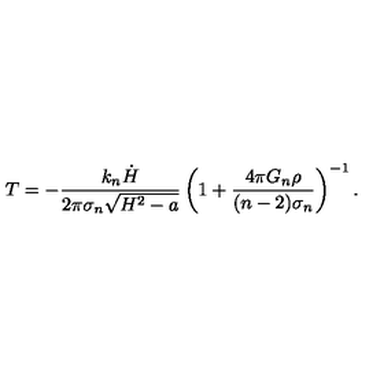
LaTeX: T = - \frac { k _ { n } \dot { H } } { 2 \pi \sigma _ { n } \sqrt { H ^ { 2 } - a } } \left( 1 + \frac { 4 \pi G _ { n } \rho } { ( n - 2 ) \sigma _ { n } } \right) ^ { - 1 } .